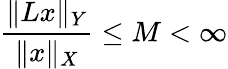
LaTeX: {\frac{\| Lx\| _{Y}}{\| x\| _{X}}}\leq M<\infty